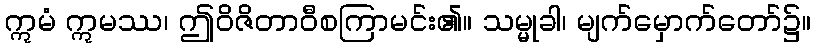
ဣမံ ဣမဿ၊ ဤဝိဇိတာဝီစကြာမင်း၏။ သမ္မုခါ၊ မျက်မှောက်တော်၌။